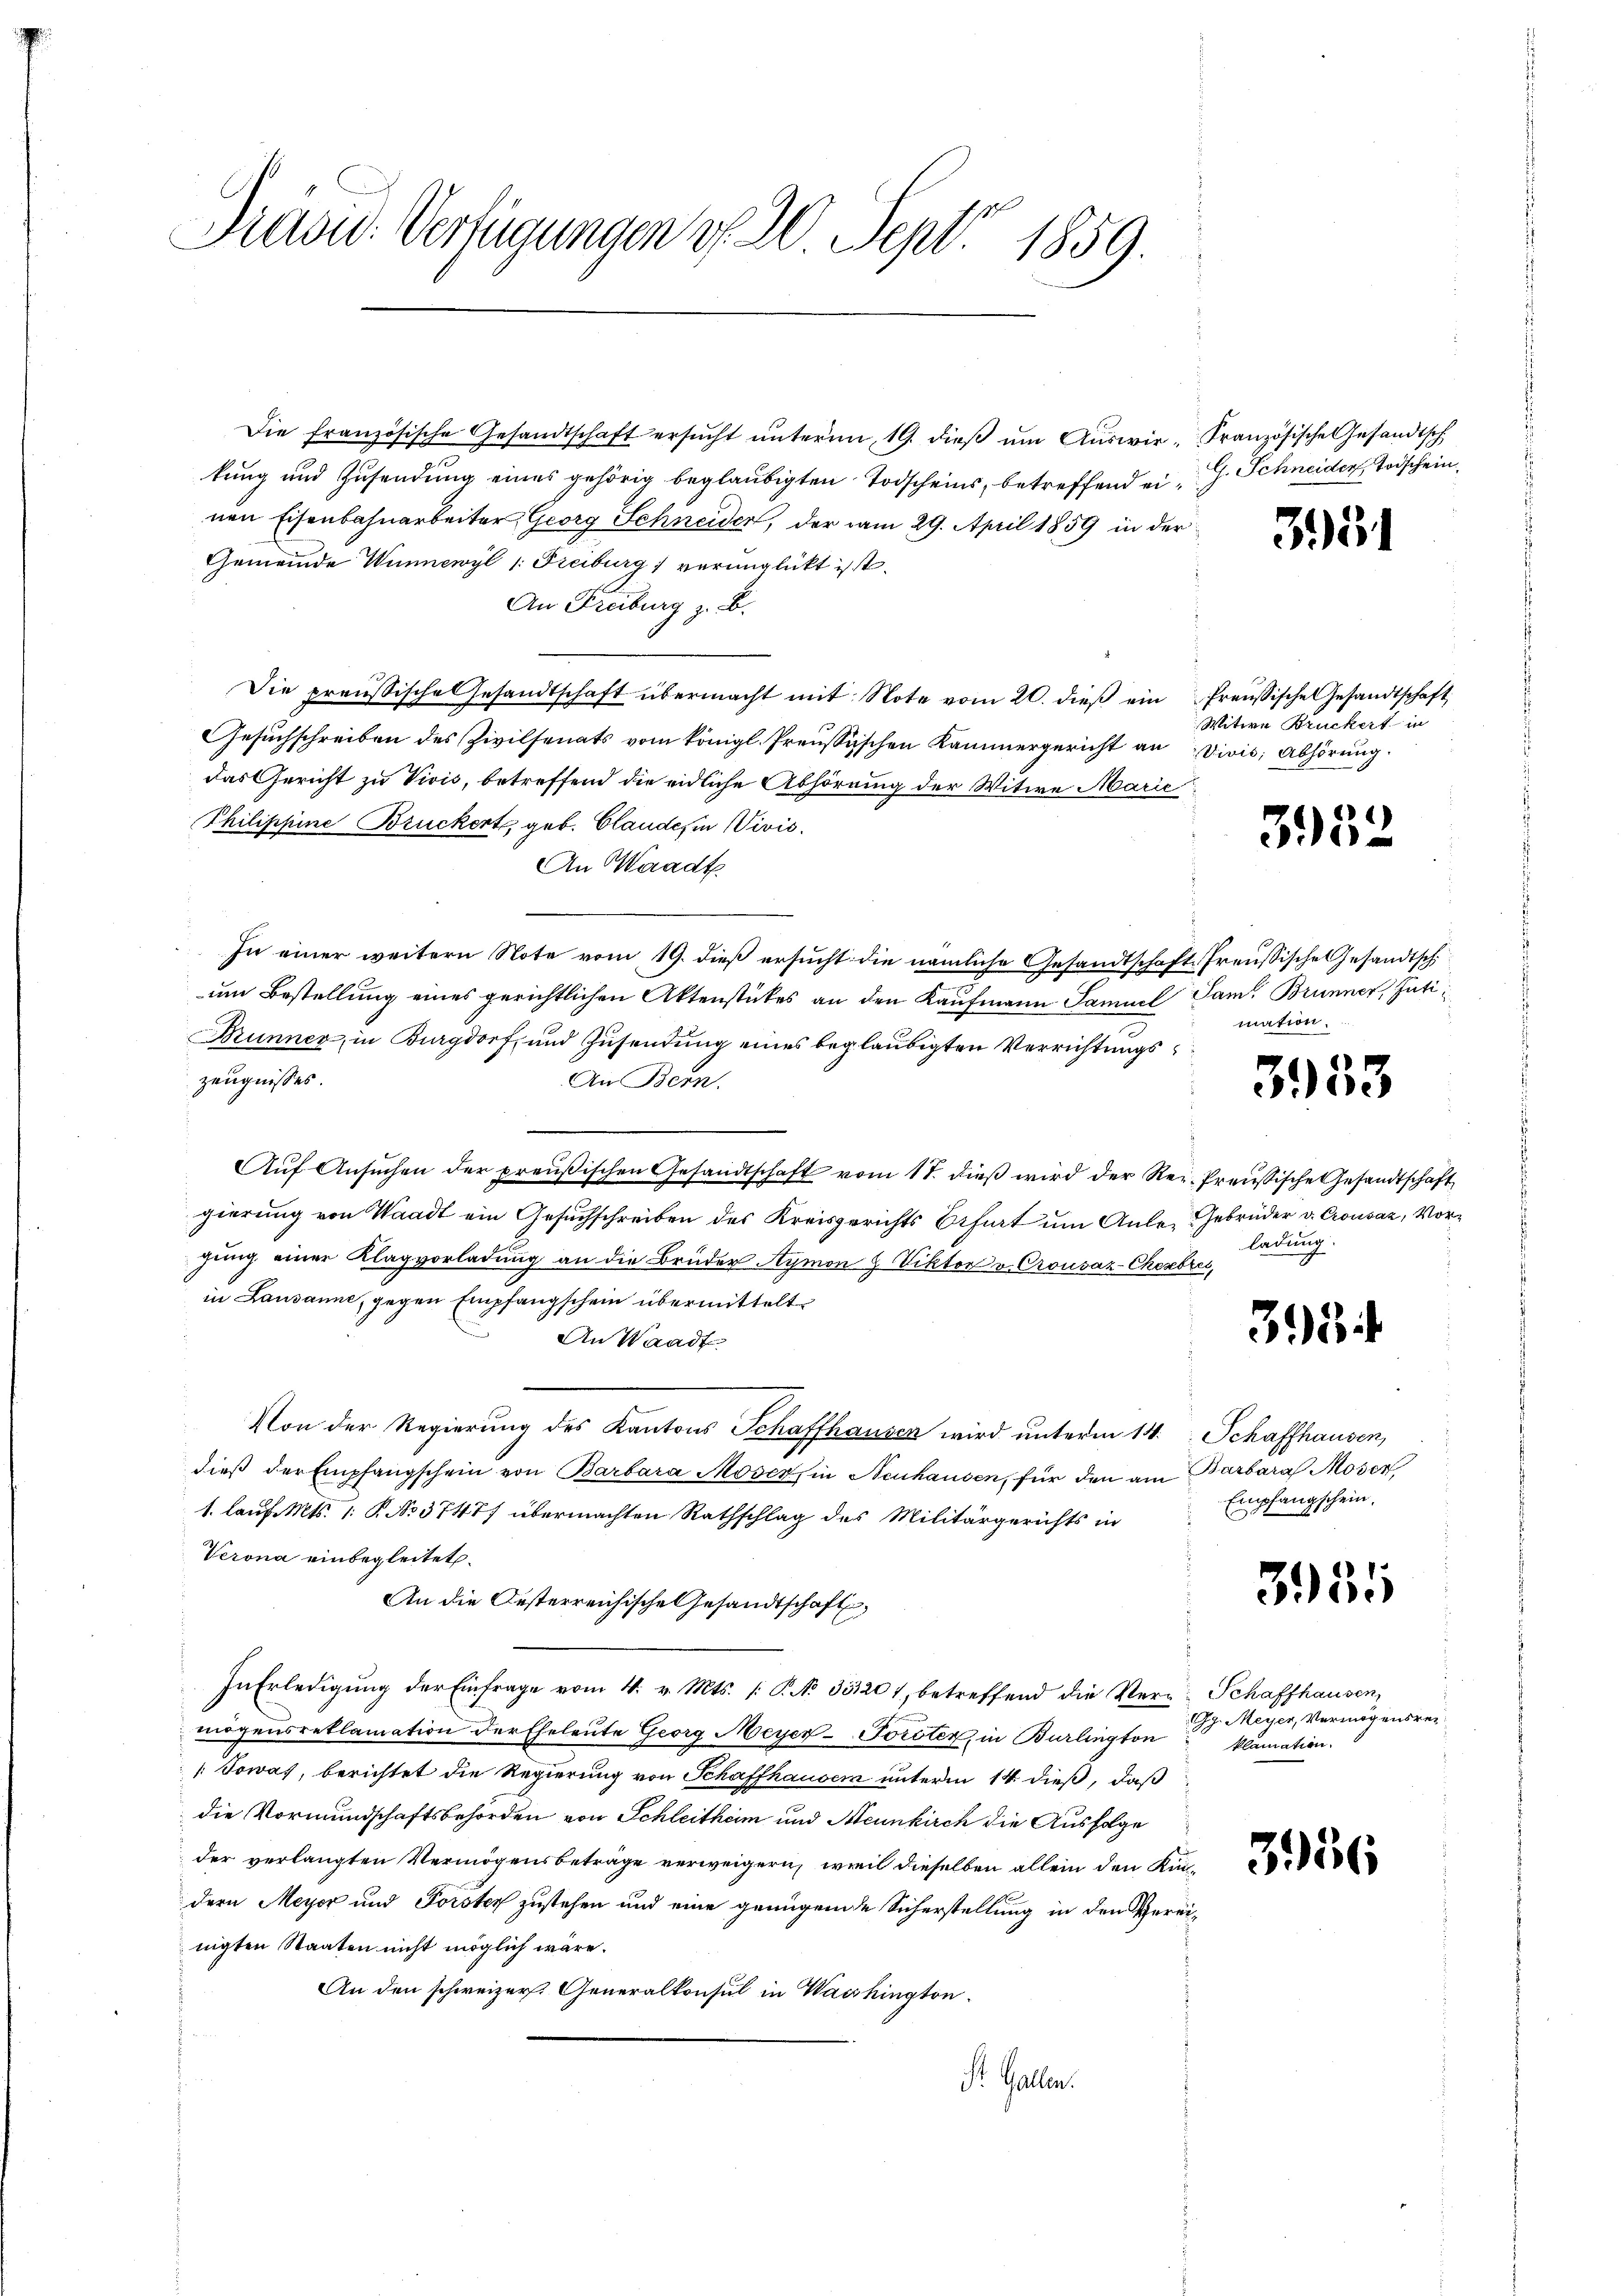
Präsid. Verfügungen d. 20 Sept. 1859.

Die französische Gesandtschaft ersŭcht ŭnterm 19. dieβ ŭm Aŭswir- Französische Gesandtsch
kung und Zusendung eines gehörig beglaubigten Todscheins, betreffend einen Eisenbahnarbeiter Georg Schneider, der am 29. April 1859 in der
Gemeinde Wunnewyl 1. Freiburg) verunglückt ist.
An Freiburg z. B.
Die preußische Gesandtschaft übermacht mit Note vom 20. dieß ein Preußische Gesandtschaft
Gesuchschreiben des Zivilsenats vom königl. Preussischen Kammergericht an Divis; Abhörung.
das Gericht zu Vivis, betreffend die eidliche Abhörung der Witwe Marie
Philippine Brückert, geb. Claudes in Vivis
An Waadt
In einer weitern Note vom 19. dieß ersucht die nämliche Gesandtschaft freussische Gesandtsch.
um Bestellung eines gerichtlichen Aktenstückes an den Kaufmann Samuel Sam. Brunner, Inti
Brunner, in Burgdorf, und Zusendung eines beglaubigten Verrichtungs
zeugnisses.
An Bern.
Auf Ansuchen der preußischen Gesandtschaft vom 17. dieß wird der Rer. Preussische Gesandtschaft
gierung von Waadt ein Gesuchschreiben des Kreisgerichts Erfurt um Anle- Gebrüder v. Crousaz, Vorgung einer Klagvorladung an die Brüder Aymon & Viktor v. Crousaz-Chesebres,
in Lausanne, gegen Empfangschein übermittelt.
An Waadt
Von der Regierung des Kantons Schaffhausen wird unterm 14. Schaffhausen,
dieß der Empfangschein von Barbara Moser, in Neuhausen, für den am Barbara Moser
1. lauf. Mts. 1. P. No 3747/ übermachten Rathschlag des Militärgerichts in
Verona einbegleitet.
An die Oesterreichische Gesandtschaft
In Erledigung der Einfrage vom 4. v. Mts. /: P. No 331201, betreffend die Vern-Schaffhausen,
mögensreklamation der Eheleute Georg Meyer-Torster, in Burlington
Towas, berichtet die Regierung von Schaffhauser unterm 14. dieß, daß
die Vormundschaftsbehörden von Schleitheim und Neunkirch die Ausfolge
der verlangten Vermögensbeträge verweigern, weil dieselben allein den Kindern Meyer und Forster zustehen und eine genügende Sicherstellung in den Gereinigten Staaten nicht möglich wäre.
An den schweizer. Generalkonsul in Washington.
St. Gallen.

G. Schneider Todschein.

333

Witwe Bruckert in

3932

mation.

3953

ladung.

395

Empfangschein.

3955

g. Meyer, Vermögensreklamation.

356